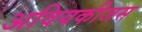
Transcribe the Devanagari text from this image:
अवियकीजस